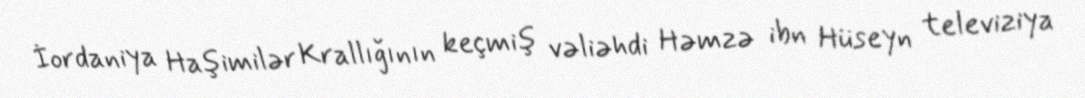
İordaniya Haşimilər Krallığının keçmiş vəliəhdi Həmzə ibn Hüseyn televiziya